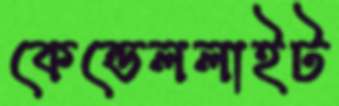
কেন্ডেললাইট